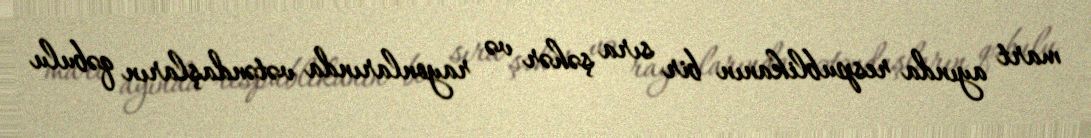
mart ayında respublikanın bir sıra şəhər və rayonlarında vətəndaşların qəbulu